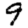
Digit: 9